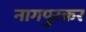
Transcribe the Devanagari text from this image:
नागपुरकर